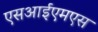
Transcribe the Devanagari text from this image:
एसआईएमएस